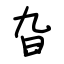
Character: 旮